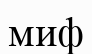
миф